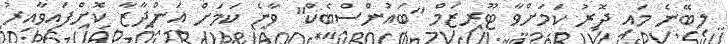
ލިބޭނެ މައި ދޮރު ކަމަށްވާ ޓޫރިޒަމް "ބައުންސްބެކް" ވާނެ ކަމަށް އަންދާޒާ ކޮށްފައިވާއިރު